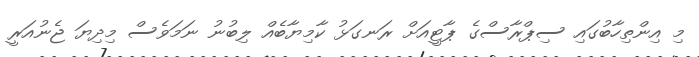
މި އިންތިހާބުގައި ސިޕްރާސްގެ ޕާޓީއަށް ރަނގަޅު ކާމިޔާބެއް ލިބުނު ނަމަވެސް މިދިޔަ ޖެނުއަރީ